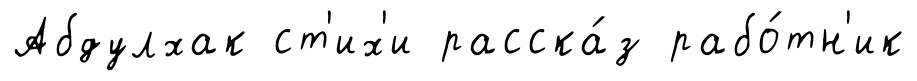
Абдулхак ст'их'и расска́з рабо́тн'ик